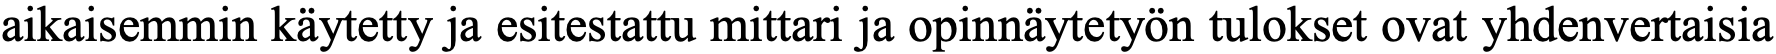
aikaisemmin käytetty ja esitestattu mittari ja opinnäytetyön tulokset ovat yhdenvertaisia